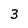
Character: 3